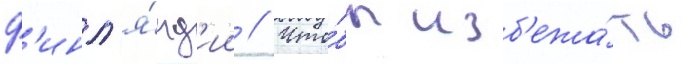
ф'инл'я́нд'ии // Что́бы изб'ежа́ть